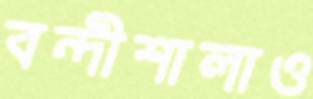
বন্দীশালাও